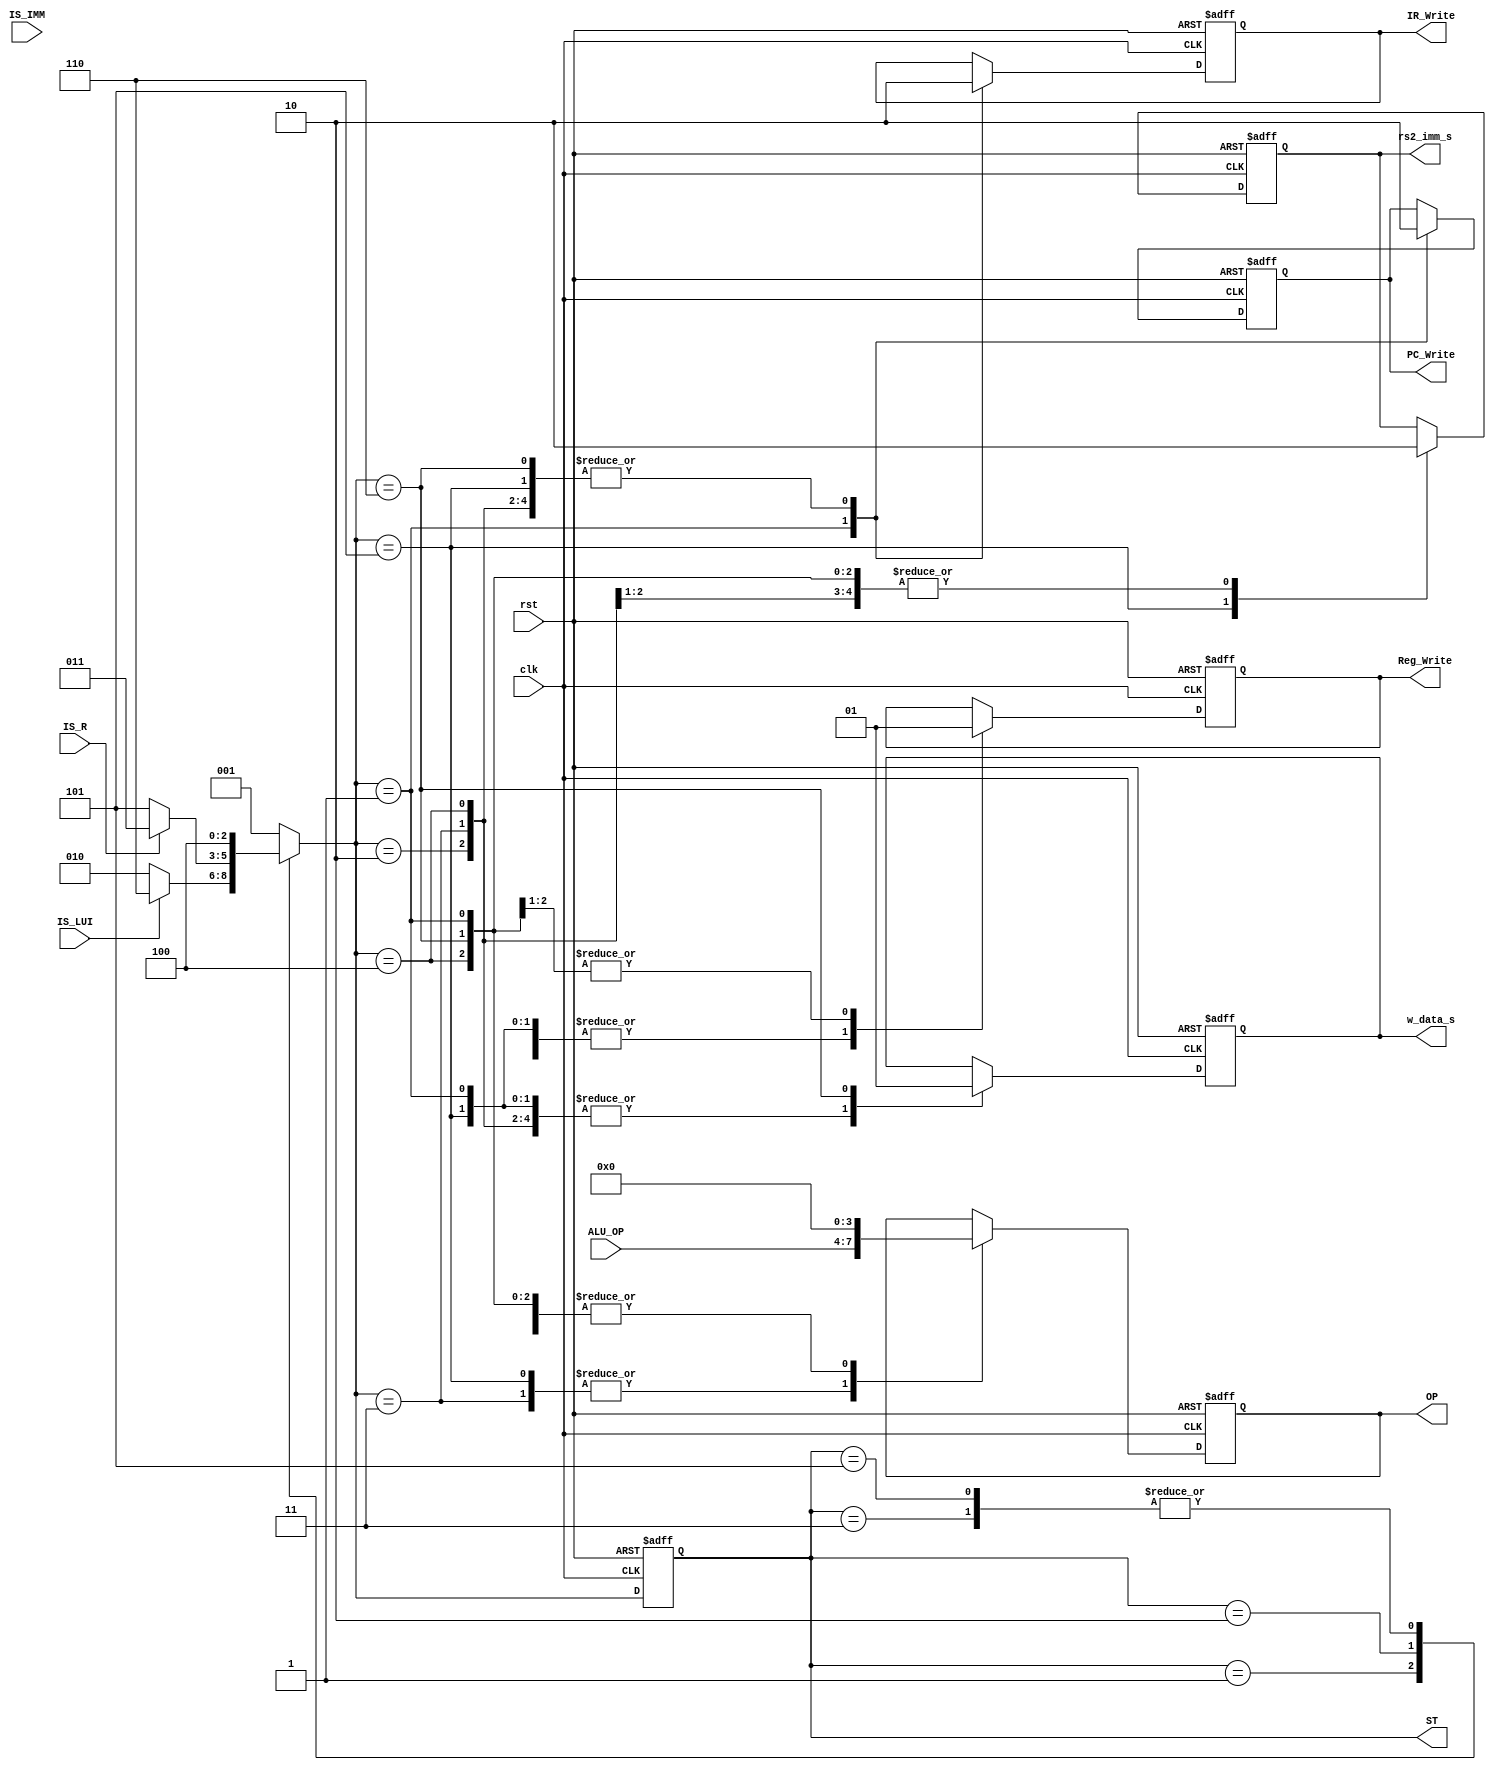
`timescale 1ns / 1ps

`define Idle 3'b000
`define S1 3'b001
`define S2 3'b010
`define S3 3'b011
`define S4 3'b100
`define S5 3'b101
`define S6 3'b110


module CU (
    rst,
    clk,
    IS_R,
    IS_IMM,
    IS_LUI,
    ALU_OP,
    PC_Write,
    IR_Write,
    Reg_Write,
    rs2_imm_s,
    w_data_s,
    OP,
    ST
);

  input rst, clk;
  input IS_R, IS_IMM, IS_LUI;
  input [3:0] ALU_OP;
  output reg PC_Write, IR_Write, Reg_Write;
  output reg rs2_imm_s, w_data_s;
  output reg [3:0] OP;
  output reg [2:0] ST;


  reg [2:0] Next_ST;

  //
  always @(posedge rst or posedge clk) begin
    if (rst) begin
      ST <= `Idle;
    end else begin
      ST <= Next_ST;
    end
  end


  //
  always @(*) begin
    Next_ST = `Idle;
    case (ST)
      `Idle: begin
        Next_ST = `S1;
      end
      `S1: begin
        if (IS_LUI) Next_ST = `S6;
        else Next_ST = `S2;
      end
      `S2: begin
        if (IS_R) Next_ST = `S3;
        else Next_ST = `S5;
      end
      `S3: begin
        Next_ST = `S4;
      end
      `S4: begin
        Next_ST = `S1;
      end
      `S5: begin
        Next_ST = `S4;
      end
      `S6: begin
        Next_ST = `S1;
      end
      default: Next_ST = `S1;
    endcase
  end


  //
  always @(posedge rst or posedge clk) begin
    if (rst) begin
      PC_Write <= 1'b0;
      IR_Write <= 1'b0;
      Reg_Write <= 1'b0;
      rs2_imm_s <= 1'b0;
      w_data_s <= 1'b0;
      OP <= 4'b0000;
    end else begin
      case (Next_ST)
        `S1: begin
          PC_Write <= 1'b1;
          IR_Write <= 1'b1;
          Reg_Write <= 1'b0;
          rs2_imm_s <= 1'b0;
          w_data_s <= 1'b0;
          OP <= 4'b0000;
        end
        `S2: begin
          PC_Write <= 1'b0;
          IR_Write <= 1'b0;
          Reg_Write <= 1'b0;
          rs2_imm_s <= 1'b0;
          w_data_s <= 1'b0;
          OP <= 4'b0000;
        end
        `S3: begin
          PC_Write <= 1'b0;
          IR_Write <= 1'b0;
          Reg_Write <= 1'b0;
          rs2_imm_s <= 1'b0;
          w_data_s <= 1'b0;
          OP <= ALU_OP;
        end
        `S4: begin
          PC_Write <= 1'b0;
          IR_Write <= 1'b0;
          Reg_Write <= 1'b1;
          rs2_imm_s <= 1'b0;
          w_data_s <= 1'b0;
          OP <= 4'b0000;
        end
        `S5: begin
          PC_Write <= 1'b0;
          IR_Write <= 1'b0;
          Reg_Write <= 1'b0;
          rs2_imm_s <= 1'b1;
          w_data_s <= 1'b0;
          OP <= ALU_OP;
        end
        `S6: begin
          PC_Write <= 1'b0;
          IR_Write <= 1'b0;
          Reg_Write <= 1'b1;
          rs2_imm_s <= 1'b0;
          w_data_s <= 1'b1;
          OP <= 4'b0000;
        end
      endcase
    end
  end


endmodule